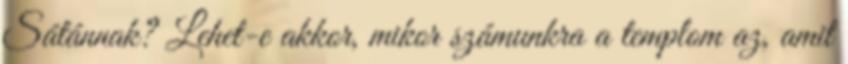
Sátánnak? Lehet-e ak­kor, mikor számunkra a templom az, amit